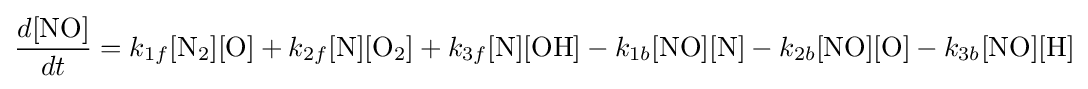
{\frac {d[\mathrm {NO} ]}{dt}}=k_{1f}[\mathrm {N} _{2}][\mathrm {O} ]+k_{2f}[\mathrm {N} ][\mathrm {O} _{2}]+k_{3f}[\mathrm {N} ][\mathrm {OH} ]-k_{1b}[\mathrm {NO} ][\mathrm {N} ]-k_{2b}[\mathrm {NO} ][\mathrm {O} ]-k_{3b}[\mathrm {NO} ][\mathrm {H} ]